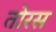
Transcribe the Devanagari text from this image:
तोरस